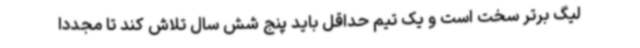
لیگ برتر سخت است و یک تیم حداقل باید پنج شش سال تلاش کند تا مجددا